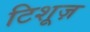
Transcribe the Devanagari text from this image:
टिशूज़